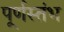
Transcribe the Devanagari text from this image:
पूर्णस्तंभ